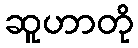
ဆူဟာတို